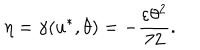
\eta = \gamma ( u ^ { * } , \theta ) = - \frac { \varepsilon \theta ^ { 2 } } { 7 2 } .